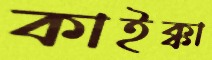
কাইক্কা